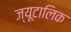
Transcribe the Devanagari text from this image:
ज्यूटालिक